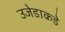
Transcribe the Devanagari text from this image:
उजेडाकडे